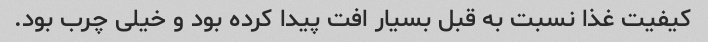
کیفیت غذا نسبت به قبل بسیار افت پیدا کرده بود و خیلی چرب بود.